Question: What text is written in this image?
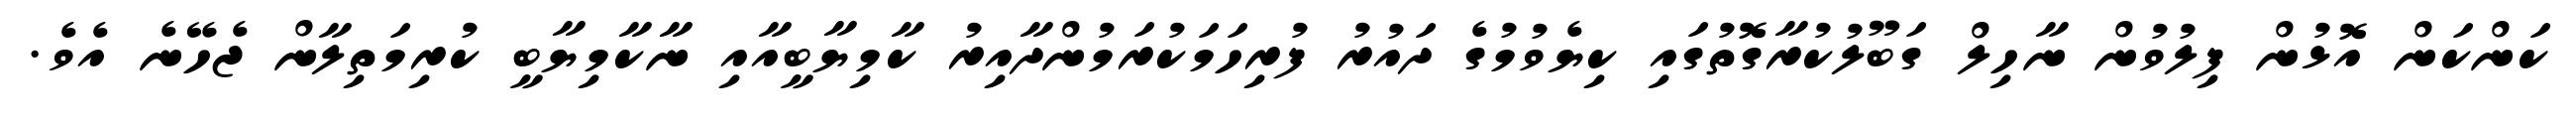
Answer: ކަންކަން އޮޅުން ފިލުވުން ނާހިލް ގަބޫލުކުރާގޮތުގައި ކިޔެވުމުގެ ދައުރު ފުރިހަމަކުރަމުންދާއިރު ކާމިޔާބީއާއި ނާކާމިޔާބީ ކުރިމަތިލާން ޖެހޭނެ އެވެ.